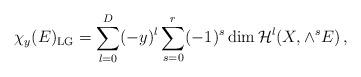
LaTeX: \begin{align*}\chi_y(E)_{\rm LG}=\sum_{l=0}^D(-y)^l\sum_{s=0}^r(-1)^s\dim{\cal H}^{l}(X,\wedge^{s}E)\,,\end{align*}